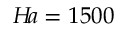
H \! a = 1 5 0 0